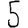
Digit: 5